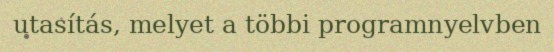
utasítás, melyet a többi programnyelvben